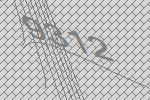
9312